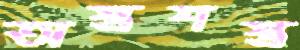
অস্ত্রশস্ত্র